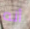
أنه